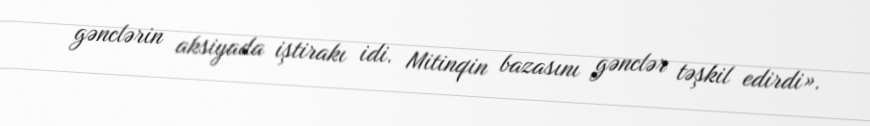
gənclərin aksiyada iştirakı idi. Mitinqin bazasını gənclər təşkil edirdi».